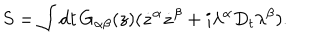
S = \int \mathrm { d } t \, G _ { \alpha \beta } ( z ) ( \dot { z } ^ { \alpha } \dot { z } ^ { \beta } + i \lambda ^ { \alpha } D _ { t } \lambda ^ { \beta } ) .